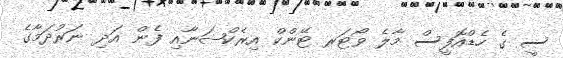
ސީ ގެ ހެޑްއޮފީސް މާލެ ވޯޓަރ ޓޭންކް އިރެކްޝަނާއި ފެން އަދި ނަރުދަމާގެ